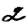
Digit: 2